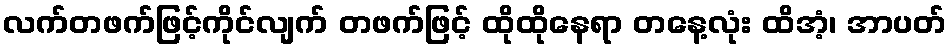
လက်တဖက်ဖြင့်ကိုင်လျက် တဖက်ဖြင့် ထိုထိုနေရာ တနေ့လုံး ထိအံ့၊ အာပတ်